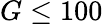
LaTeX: G\leq 100